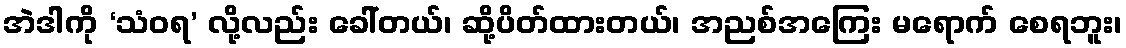
အဲဒါကို ‘သံဝရ’ လို့လည်း ခေါ်တယ်၊ ဆို့ပိတ်ထားတယ်၊ အညစ်အကြေး မရောက် စေရဘူး၊